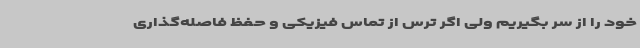
خود را از سر بگیریم ولی اگر ترس از تماس فیزیکی و حفظ فاصله‌گذاری